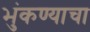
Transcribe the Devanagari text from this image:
भुंकण्याचा